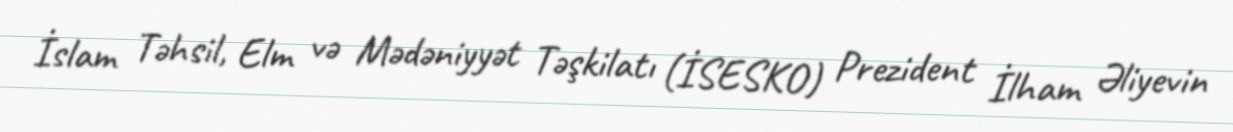
İslam Təhsil, Elm və Mədəniyyət Təşkilatı (İSESKO) Prezident İlham Əliyevin